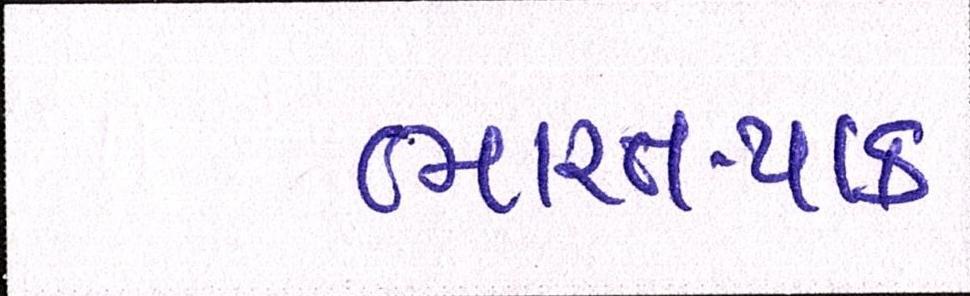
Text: ભારત-પાક